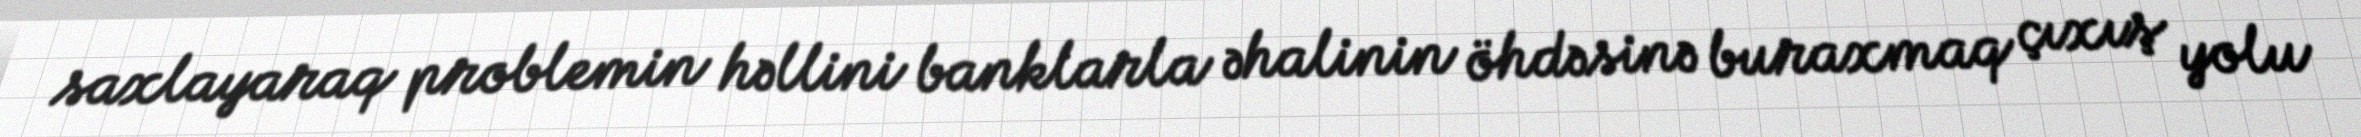
saxlayaraq problemin həllini banklarla əhalinin öhdəsinə buraxmaq çıxış yolu